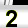
Digit: 2